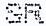
SR